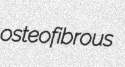
osteofibrous